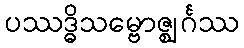
ပဿဒ္ဓိသမ္ဗောဇ္ဈင်္ဂဿ